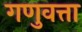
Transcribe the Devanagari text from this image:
गणुवत्ता